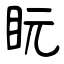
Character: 盶